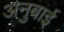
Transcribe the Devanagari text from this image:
अनुबाई